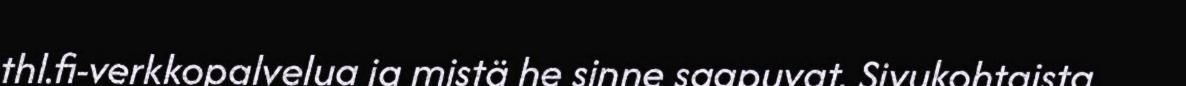
thl.fi-verkkopalvelua ja mistä he sinne saapuvat. Sivukohtaista